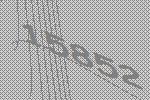
15852